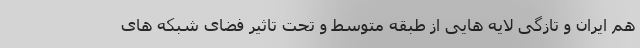
هم ایران و تازگی لایه هایی از طبقه متوسط و تحت تاثیر فضای شبکه های